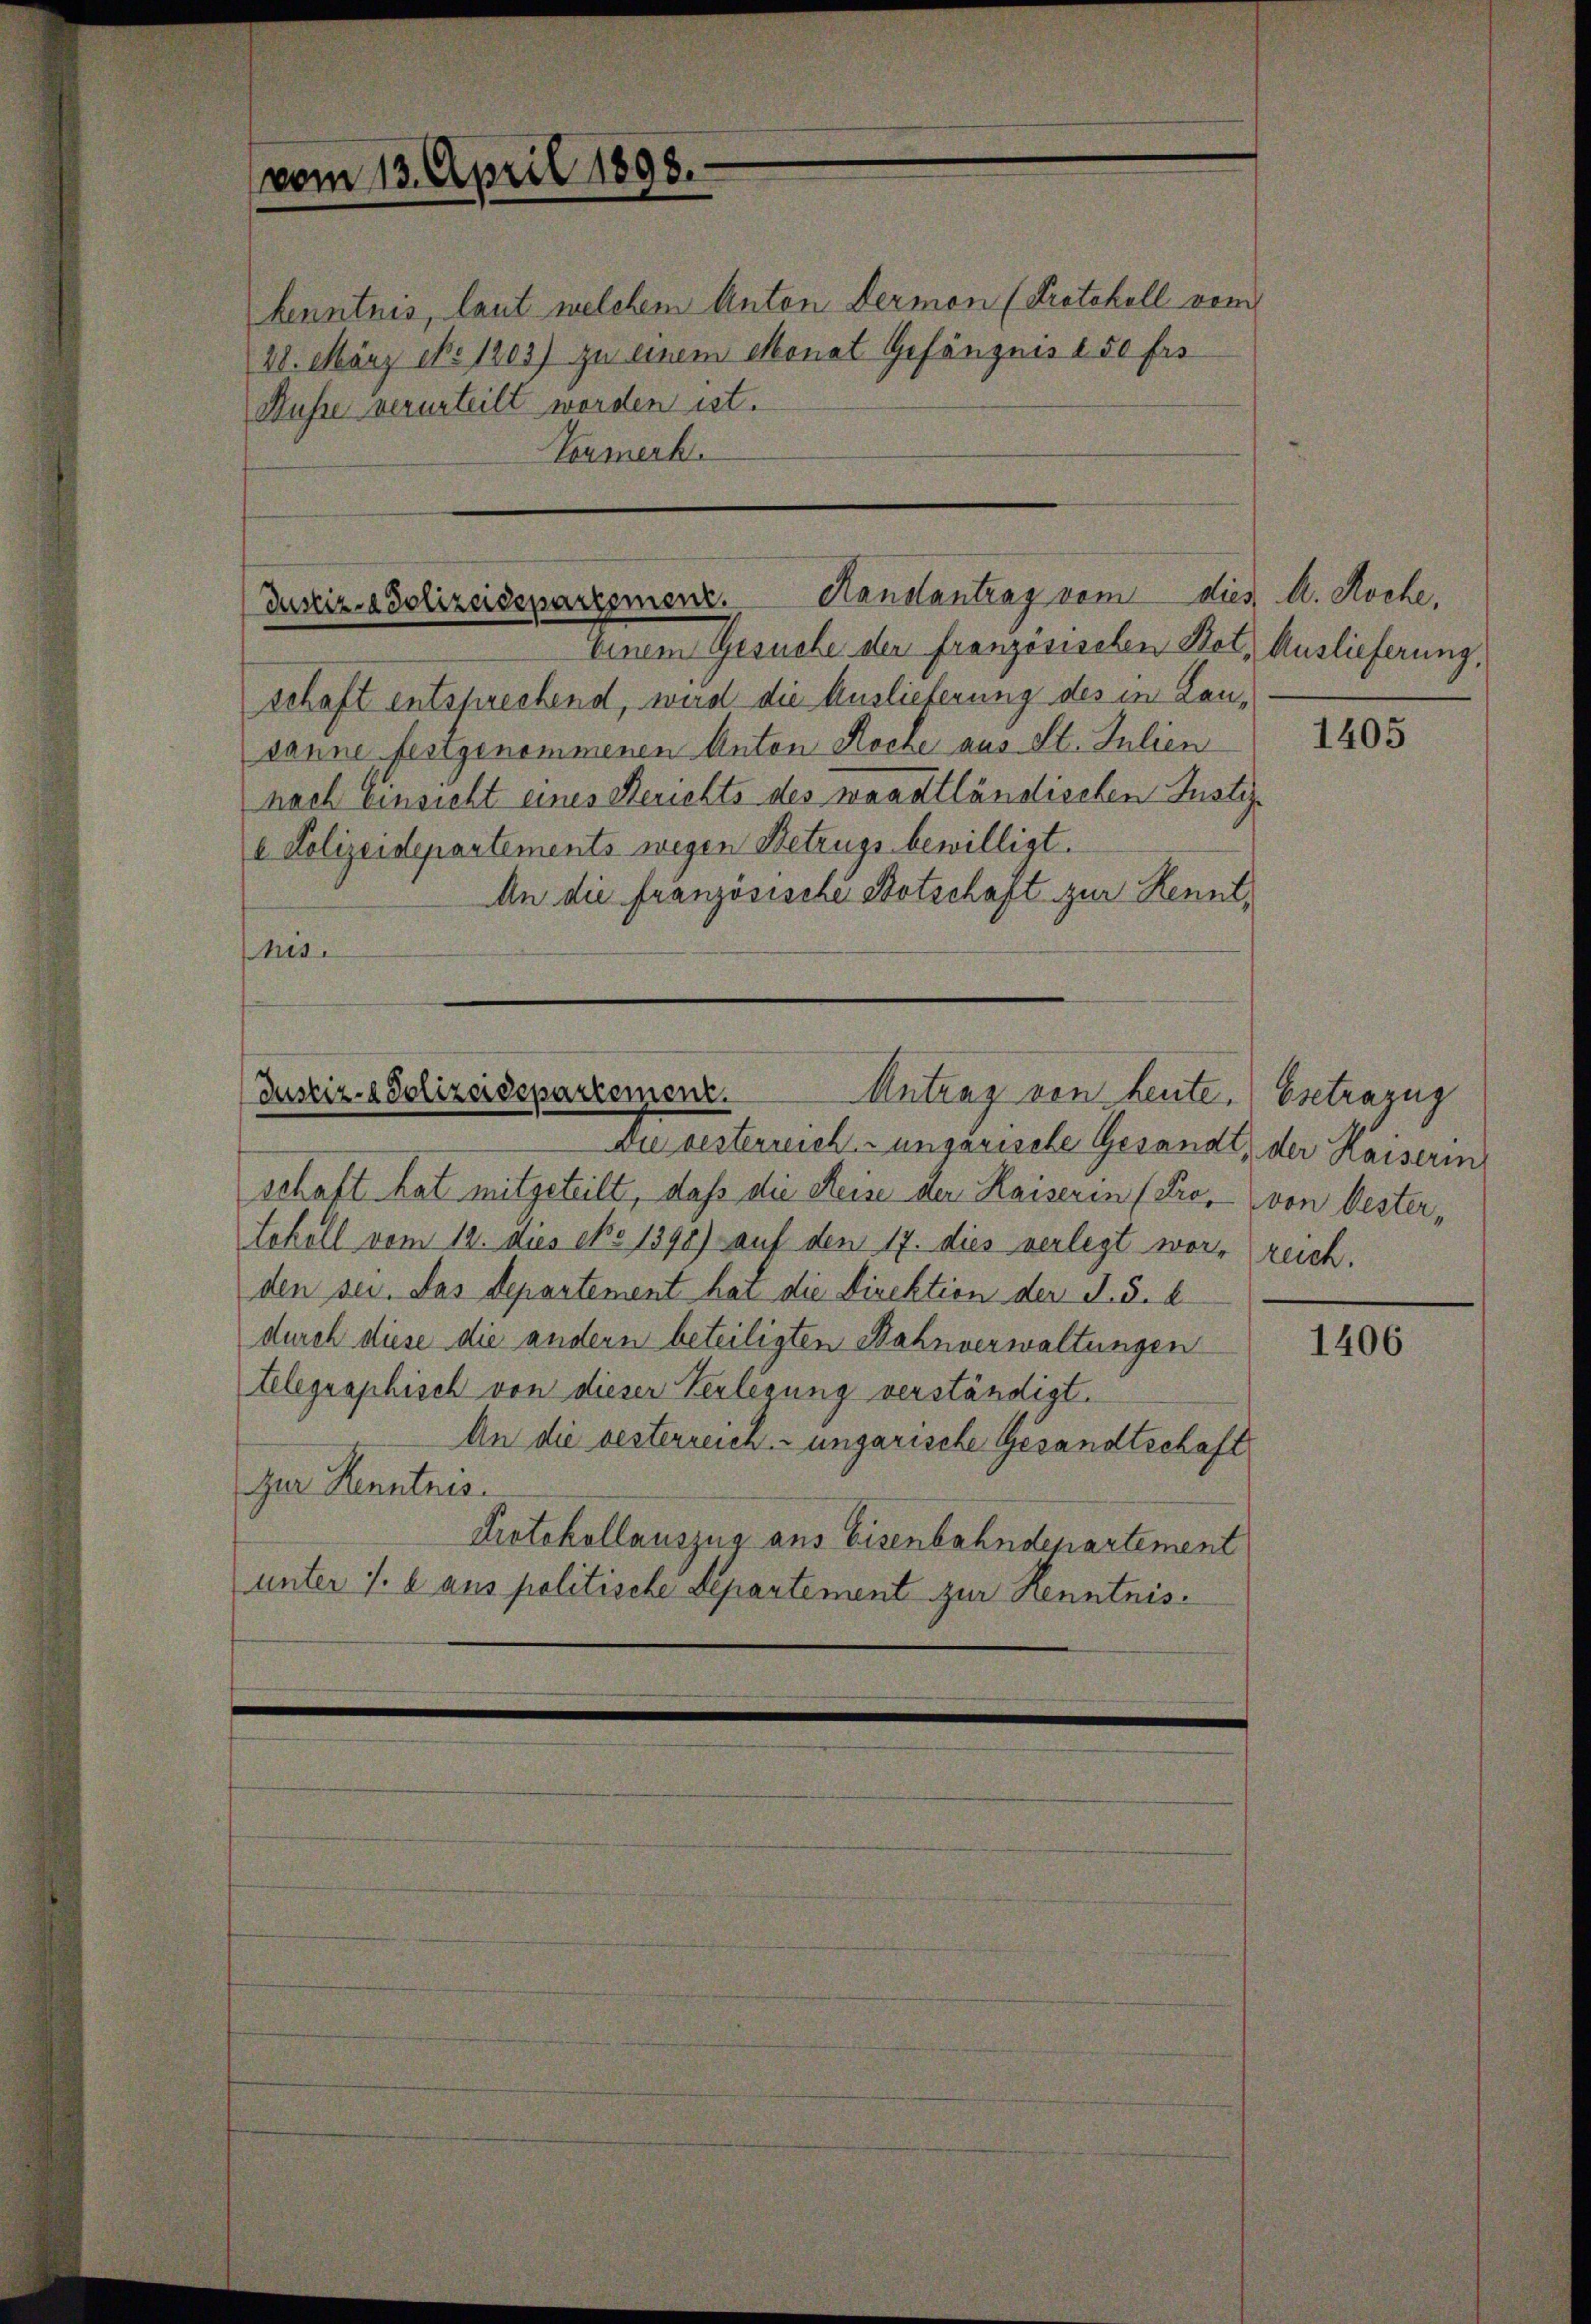
kenntnis, laut welchem Anton dermon (Protokoll vom
28. März No 1203) zu einem Monat Gefängnis 250 fro
Busse verurteilt worden ist.
Vormerk.

vom 13. April 1898.

Iusir-Polizeidepartement. Hanslantrag vom dies d. Koche,
Einem Gesuche der französischen Not, Auslieferung,

schaft entsprechend, wird die Auslieferung des in Lansanne festgenommenen Anton Roche aus St. Julien
nach Einsicht eines Berichts des Waadtländischen Justiz-
e Polizeidepartements wegen Betrugs bewilligt.
An die Französische Botschaft zur Kenntnes.

Justiz- & Polizeidepartement.
Antrag von heute. Estrazug

Die gesterreich ungarische Gesandt, der Kaiserin
schaft hat mitgeteilt, daß die Reise der Kaiserin (Pro. von Oestertokoll vom 12. dies epo 1390) auf den 17. dies verlegt war, reich.
den sei. Das Departement hat die Direktion der S. S. 4
durch diese die andern beteiligten Bahnverwaltungen
telegraphisch von dieser Verlegung verständigt.
An die besterreich-ungarische Gesandtschaft
Zur Kenntnis.
Protokollauszug aus Eisenbahndepartement
unter 1. l. aus politische Departement zur Kenntnis¬

1405

1406